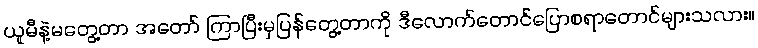
ယူမီနဲ့မတွေ့တာ အတော် ကြာပြီးမှပြန်တွေ့တာကို ဒီလောက်တောင်ပြောစရာတောင်များသလား။